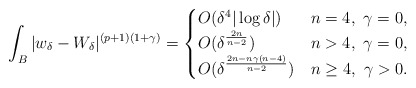
\begin{align*}\int_{B} |w_\delta-W_\delta|^{(p+1)(1+\gamma)}=\begin{cases}O(\delta^4 |\log \delta|) & n=4,\ \gamma=0,\\O(\delta^{\frac{2n}{n-2}}) & n>4,\ \gamma=0,\\O(\delta^\frac{2n-n\gamma(n-4)}{n-2}) & n\geq 4,\ \gamma>0.\end{cases}\end{align*}